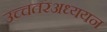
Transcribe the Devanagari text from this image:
उच्चतरअध्ययन